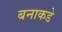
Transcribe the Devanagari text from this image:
बनाकडे